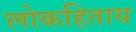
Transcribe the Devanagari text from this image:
लोकहिताय